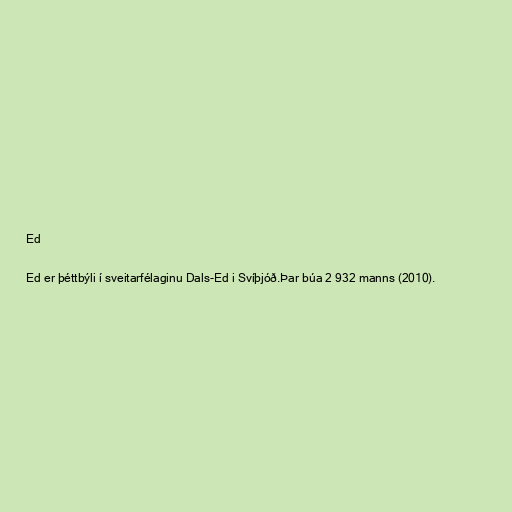
Ed

Ed er þéttbýli í sveitarfélaginu Dals-Ed i Svíþjóð.Þar búa 2 932 manns (2010).